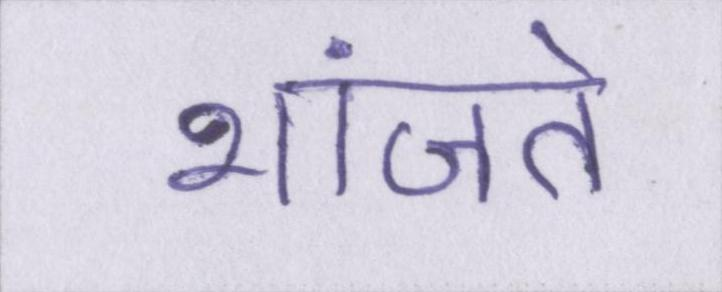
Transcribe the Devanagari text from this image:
भांजते